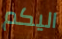
اليكم